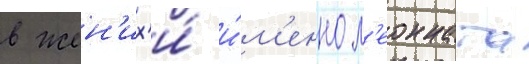
в жен'их'и́ и́м'енно л'еонната